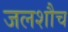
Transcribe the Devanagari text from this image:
जलशौच